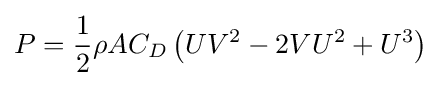
P={\frac {1}{2}}\rho AC_{D}\left(UV^{2}-2VU^{2}+U^{3}\right)